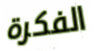
الفكرة